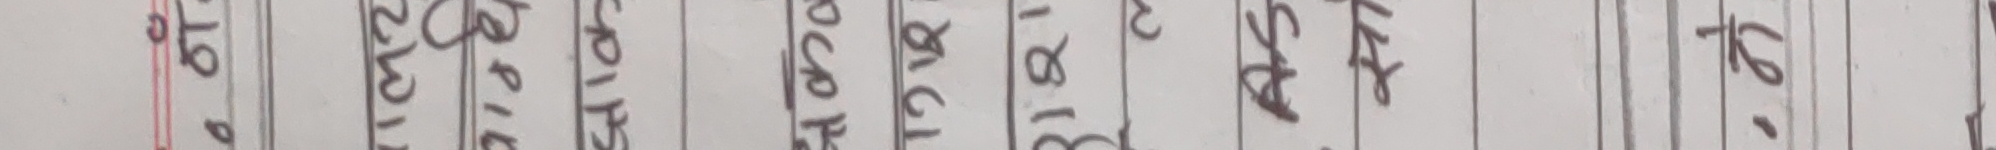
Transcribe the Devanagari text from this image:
१९० भिवा कारख काठको बोसक्स डीभीआर एटल एससीए पीओएस किलो तेरा फेट